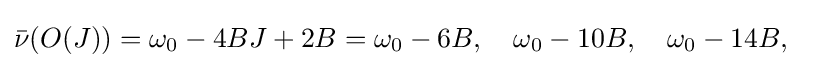
{\bar {\nu }}(O(J))=\omega _{0}-4BJ+2B=\omega _{0}-6B,\quad \omega _{0}-10B,\quad \omega _{0}-14B,\quad